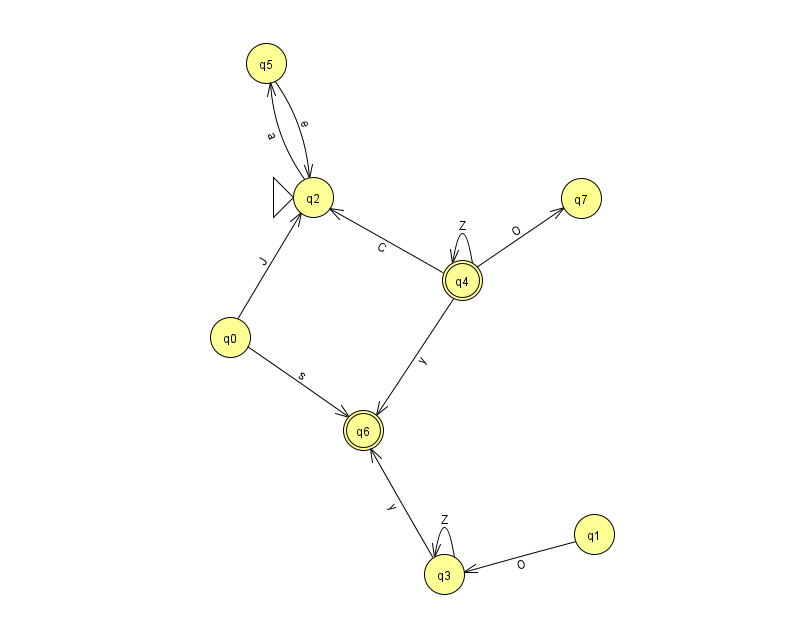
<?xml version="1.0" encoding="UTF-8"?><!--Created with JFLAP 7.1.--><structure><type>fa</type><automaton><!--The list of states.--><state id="0" name="q0"><x>230.0</x><y>324.0</y></state><state id="1" name="q1"><x>594.0</x><y>521.0</y></state><state id="2" name="q2"><x>313.0</x><y>184.0</y><initial/></state><state id="3" name="q3"><x>444.0</x><y>561.0</y></state><state id="4" name="q4"><x>462.0</x><y>267.0</y><final/></state><state id="5" name="q5"><x>266.0</x><y>50.0</y></state><state id="6" name="q6"><x>363.0</x><y>417.0</y><final/></state><state id="7" name="q7"><x>581.0</x><y>185.0</y></state><!--The list of transitions.--><transition><from>0</from><to>6</to><read>s</read></transition><transition><from>1</from><to>3</to><read>O</read></transition><transition><from>3</from><to>6</to><read>y</read></transition><transition><from>4</from><to>6</to><read>y</read></transition><transition><from>2</from><to>5</to><read>a</read></transition><transition><from>3</from><to>3</to><read>Z</read></transition><transition><from>4</from><to>4</to><read>Z</read></transition><transition><from>4</from><to>2</to><read>C</read></transition><transition><from>0</from><to>2</to><read>J</read></transition><transition><from>5</from><to>2</to><read>e</read></transition><transition><from>4</from><to>7</to><read>O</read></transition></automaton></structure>